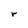
Character: r